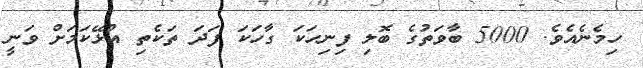
ހިމެނެއެވެ. 5000 ބާވަތުގެ ބޮލި ފިނިހަކަ ގާހަކަ ފަދަ ތަކެތި އުޅޭކަމަށް ވަނީ